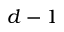
d - 1